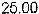
25.00